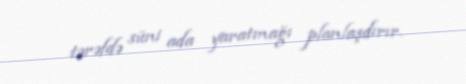
tərəfdə süni ada yaratmağı planlaşdırır.